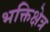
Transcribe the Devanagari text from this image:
भक्तिक्षेत्र